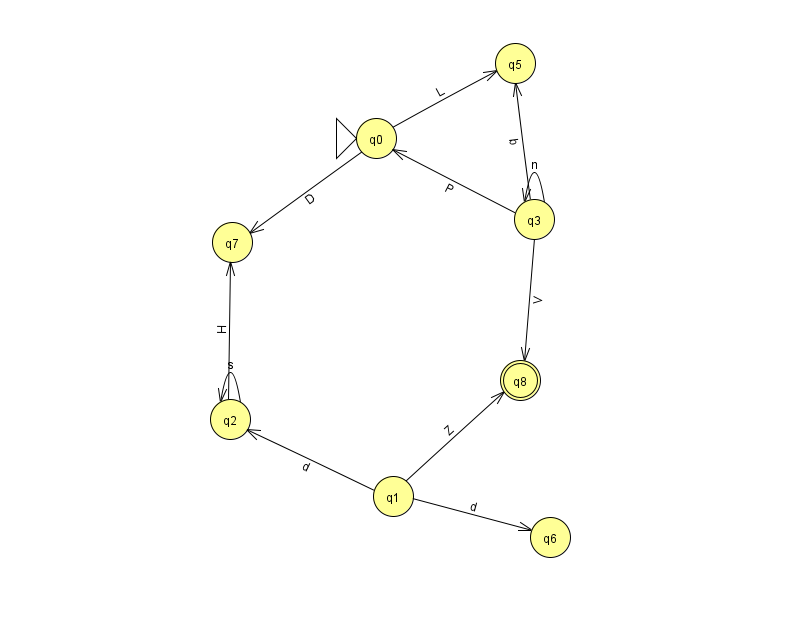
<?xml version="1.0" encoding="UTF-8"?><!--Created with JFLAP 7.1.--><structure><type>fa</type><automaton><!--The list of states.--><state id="0" name="q0"><x>376.0</x><y>125.0</y><initial/></state><state id="1" name="q1"><x>393.0</x><y>483.0</y></state><state id="2" name="q2"><x>230.0</x><y>406.0</y></state><state id="3" name="q3"><x>534.0</x><y>206.0</y></state><state id="5" name="q5"><x>515.0</x><y>50.0</y></state><state id="6" name="q6"><x>550.0</x><y>524.0</y></state><state id="7" name="q7"><x>232.0</x><y>229.0</y></state><state id="8" name="q8"><x>520.0</x><y>367.0</y><final/></state><!--The list of transitions.--><transition><from>3</from><to>0</to><read>P</read></transition><transition><from>2</from><to>2</to><read>s</read></transition><transition><from>1</from><to>6</to><read>d</read></transition><transition><from>0</from><to>5</to><read>L</read></transition><transition><from>0</from><to>7</to><read>D</read></transition><transition><from>1</from><to>8</to><read>Z</read></transition><transition><from>3</from><to>5</to><read>b</read></transition><transition><from>2</from><to>7</to><read>H</read></transition><transition><from>3</from><to>8</to><read>V</read></transition><transition><from>1</from><to>2</to><read>d</read></transition><transition><from>3</from><to>3</to><read>n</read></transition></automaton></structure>